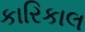
કારિકાલ